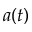
a ( t )